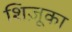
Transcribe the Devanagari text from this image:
शिज़ूका